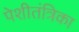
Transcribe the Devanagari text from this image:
पेशीतंत्रिका